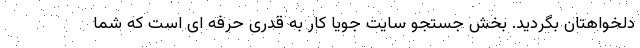
دلخواهتان بگردید. بخش جستجو سایت جویا کار به قدری حرفه ای است که شما